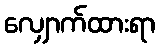
လျှောက်ထားရာ